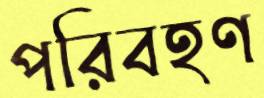
পরিবহণ